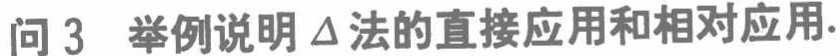
问 3 举例说明 \(\Delta\) 法的直接应用和相对应用.